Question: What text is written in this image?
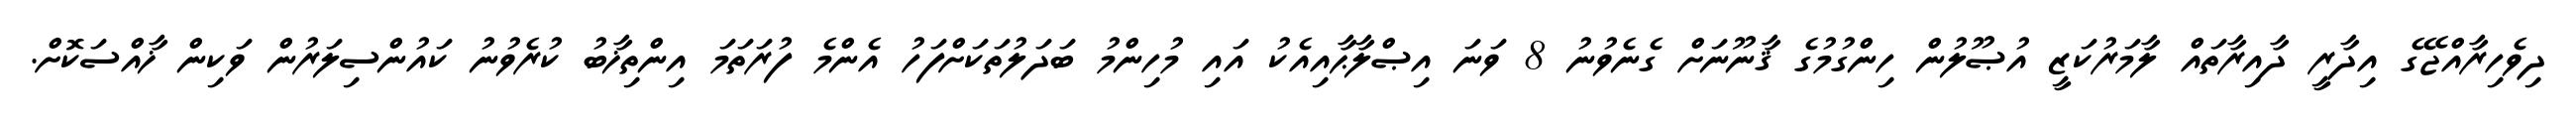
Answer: ދިވެހިރާއްޖޭގެ އިދާރީ ދާއިރާތައް ލާމަރުކަޒީ އުޞޫލުން ހިންގުމުގެ ޤާނޫނަށް ގެނެވުނު 8 ވަނަ އިޞްލާޙާއިއެކު އައި މުހިންމު ބަދަލުތަކަށްފަހު އެންމެ ފުރަތަމަ އިންތިޚާބު ކުރެވުނު ކައުންސިލަރުން ވަކިން ޚާއްސަކޮށް.